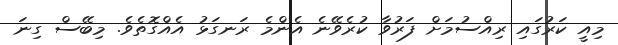
މިއީ ކަރުގައި ރިއްސުމަށް ފަރުވާ ކުރެވޭނެ އެންމެ ރަނގަޅު އެއްގޮތެވެ. މިބޭސް ގިނަ